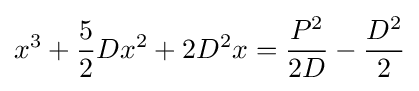
x^{3}+{\frac {5}{2}}Dx^{2}+2D^{2}x={\frac {P^{2}}{2D}}-{\frac {D^{2}}{2}}